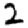
Digit: 2